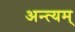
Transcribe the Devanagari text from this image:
अन्त्यम्